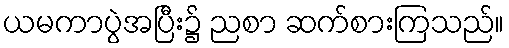
ယမကာပွဲအပြီး၌ ညစာ ဆက်စားကြသည်။